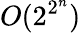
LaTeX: O(2^{2^{n}})